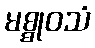
မစ္စုဝသံ